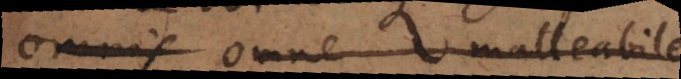
omnis omne malleabile